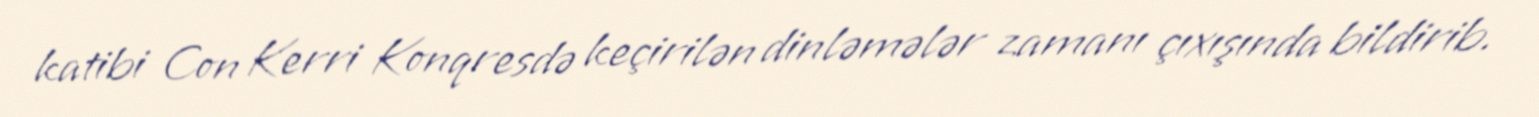
katibi Con Kerri Konqresdə keçirilən dinləmələr zamanı çıxışında bildirib.